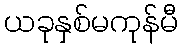
ယခုနှစ်မကုန်မီ